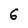
Character: 6